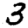
Digit: 3